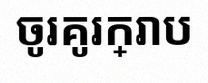
ចូរគូរក្រាប